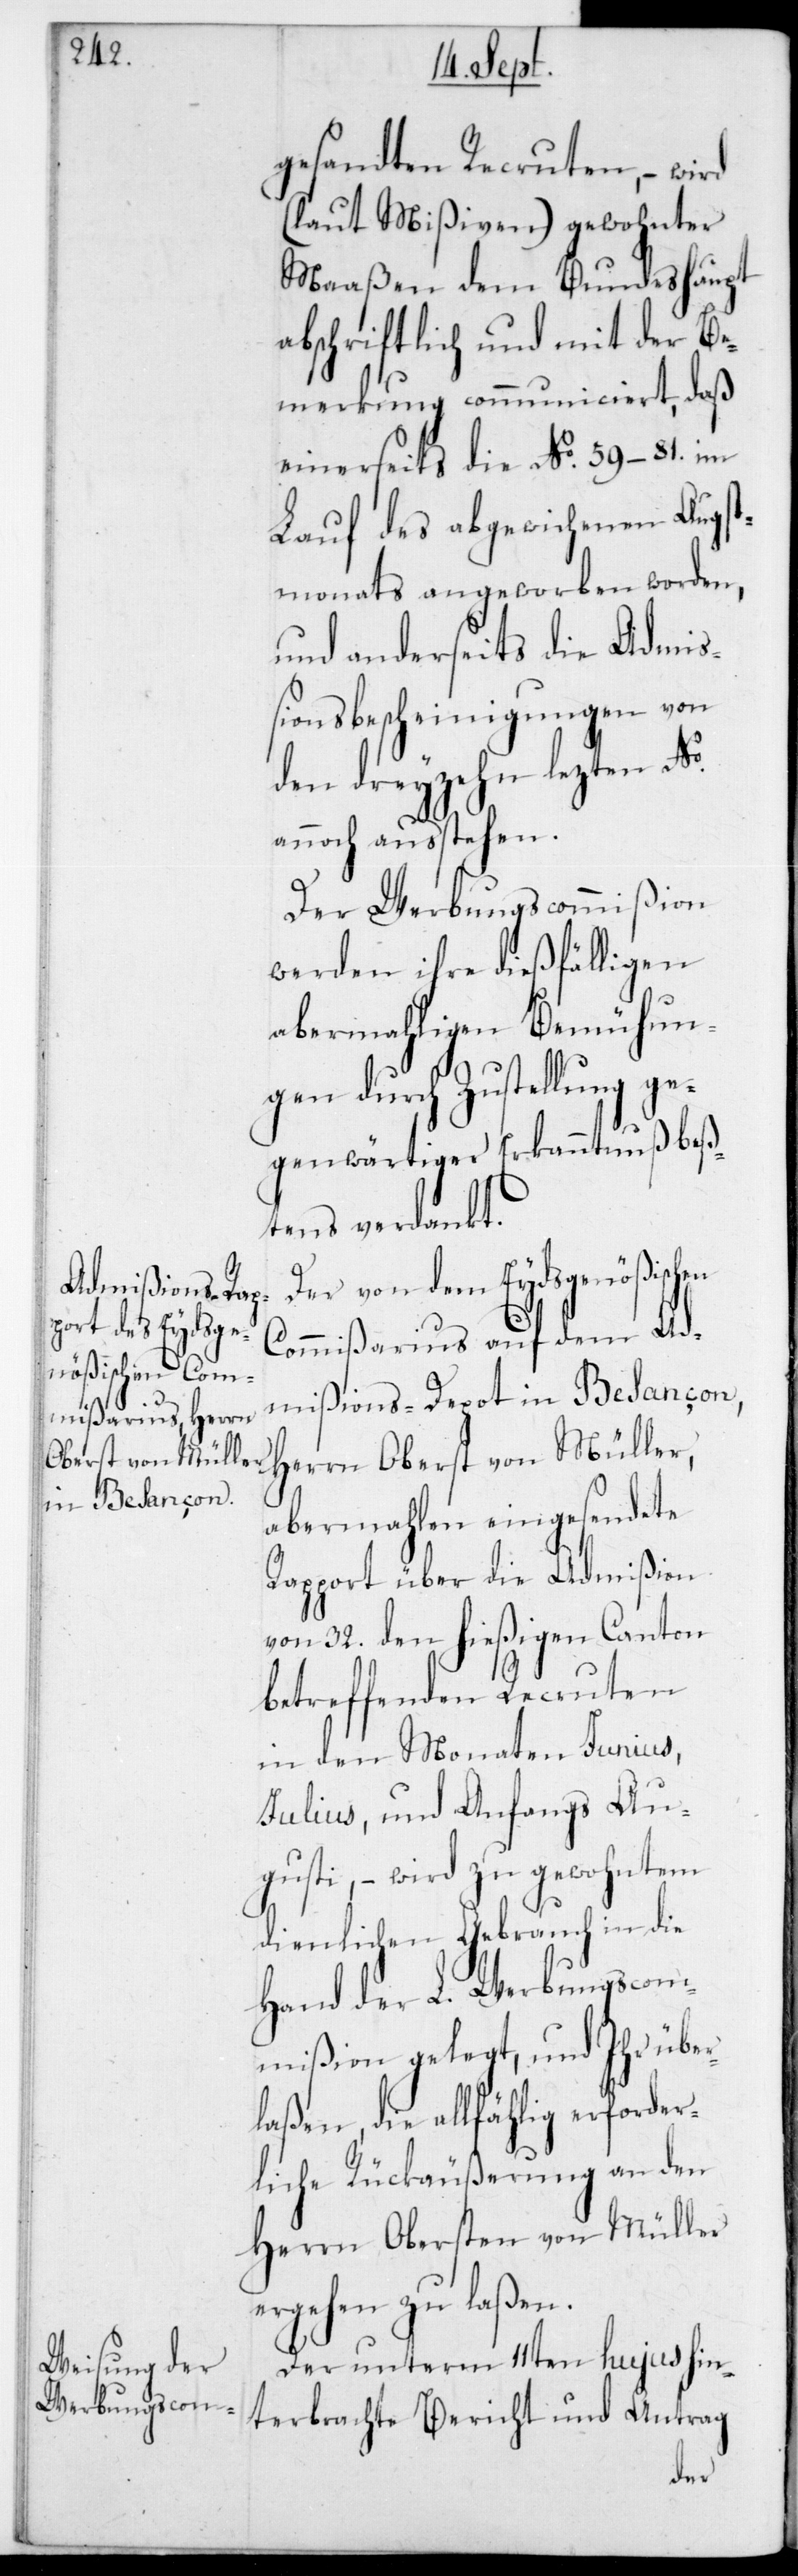
gesandten Recruten, – wird
(laut Mißiven) gewohnter
Maaßen dem Bundeshaupt
abschriftlich und mit der Be¬
merkung communiciert, daß
einerseits die No 59– 81 im
Lauf des abgewichenen Augst¬
monats angeworben worden,
und anderseits die Admiß¬
ionsbescheinigungen von
den dreyzehn lezten No
annoch ausstehen.
Der Werbungscommißion
werden ihre dießfälligen
abermahligen Bemühun¬
gen durch Zustellung ge¬
genwärtiger Erkanntnuß beß¬
tens verdankt.
Der von dem Eydsgenößischen
Commißarius auf dem Ad¬
mißions-Depot in Besançon,
Herrn Oberst von Müller,
abermahlen eingesendete
Rapport über die Admißion
von 32 den hießigen Canton
betreffenden Recruten
in den Monaten Junius.
Julius und anfangs Au¬
gusti, – wird zu gewohntem
dienlichen Gebrauch in die
Hand der L. Werbungscom¬
mißion gelegt, und Ihr über¬
laßen, die allfählig erforder¬
liche Rückäußerung an den
Herrn Obersten von Müller
ergehen zu laßen.
Der unterm 11ten hujus hin¬
terbrachte Bericht und Antrag